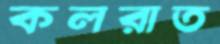
কলরাত